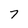
Character: 7